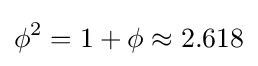
\phi ^{2}=1+\phi \approx 2.618